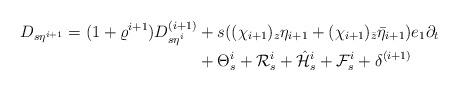
LaTeX: \begin{align*}D_{s\eta^{i+1}}=(1+\varrho^{i+1})D^{(i+1)}_{s\eta^i}&+s((\chi_{i+1})_z\eta_{i+1}+(\chi_{i+1})_{\bar{z}}\bar{\eta}_{i+1})e_1\partial_t\\&+\Theta^{i}_s+\mathcal{R}^{i}_{s}+\hat{\mathcal{H}}^{i}_s+\mathcal{F}^{i}_s+\delta^{(i+1)}\end{align*}